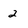
Character: 2